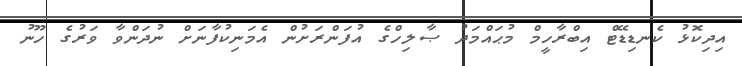
އިދިކޮޅު ކެނޑިޑޭޓް އިބްރާހީމް މުޙައްމަދު ޞާލިހްގެ އުފަންރަށުން އެމަނިކުފާނަށް ނުދަންވާ ވަރުގެ ހޫނު